Lunatic asylums Central Provinces reports 1910-1926 - 1910-1926
Year: 1910
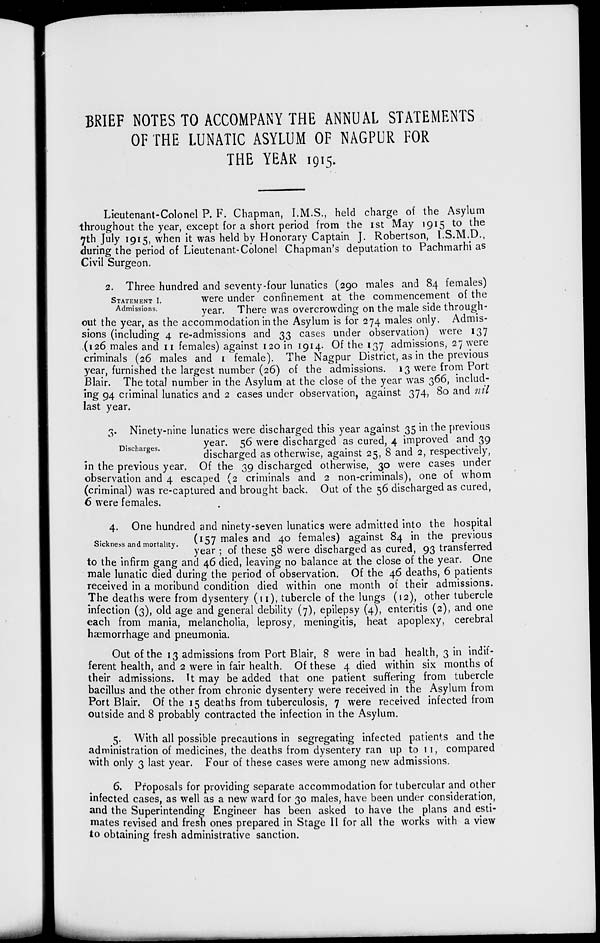
BRIEF NOTES TO ACCOMPANY THE ANNUAL STATEMENTS
OF THE LUNATIC ASYLUM OF NAGPUR FOR
THE YEAR 1915.
Lieutenant-Colonel P. F. Chapman, I.M.S., held charge of the Asylum
throughout the year, except for a short period from the 1st May 1915 to the
7th July 1915, when it was held by Honorary Captain J. Robertson, I.S.M.D.,
during the period of Lieutenant-Colonel Chapman's deputation to Pachmarhi as
Civil Surgeon.
STATEMENT I.
Admissions.
2. Three hundred and seventy-four lunatics (290 males and 84 females)
were under confinement at the commencement of the
year. There was overcrowding on the male side through-
out the year, as the accommodation in the Asylum is for 274 males only. Admis-
sions (including 4 re-admissions and 33 cases under observation) were 137
(126 males and 11 females) against 120 in 1914. Of the 137 admissions, 27 were
criminals (26 males and 1 female). The Nagpur District, as in the previous
year, furnished the largest number (26) of the admissions. 13 were from Port
Blair. The total number in the Asylum at the close of the year was 366, includ-
ing 94 criminal lunatics and 2 cases under observation, against 374, 80 and nil
last year.
Discharges.
3. Ninety-nine lunatics were discharged this year against 35 in the previous
year. 56 were discharged as cured, 4 improved and 39
discharged as otherwise, against 25, 8 and 2, respectively,
in the previous year. Of the 39 discharged otherwise, 30 were cases under
observation and 4 escaped (2 criminals and 2 non-criminals), one of whom
(criminal) was re-captured and brought back. Out of the 56 discharged as cured,
6 were females.
Sickness and mortality.
4. One hundred and ninety-seven lunatics were admitted into the hospital
(157 males and 40 females) against 84 in the previous
year ; of these 58 were discharged as cured, 93 transferred
to the infirm gang and 46 died, leaving no balance at the close of the year. One
male lunatic died during the period of observation. Of the 46 deaths, 6 patients
received in a moribund condition died within one month of their admissions.
The deaths were from dysentery (11), tubercle of the lungs (12), other tubercle
infection (3), old age and general debility (7), epilepsy (4), enteritis (2), and one
each from mania, melancholia, leprosy, meningitis, heat apoplexy, cerebral
hæmorrhage and pneumonia.
Out of the 13 admissions from Port Blair, 8 were in bad health, 3 in indif-
ferent health, and 2 were in fair health. Of these 4 died within six months of
their admissions. It may be added that one patient suffering from tubercle
bacillus and the other from chronic dysentery were received in the Asylum from
Port Blair. Of the 15 deaths from tuberculosis, 7 were received infected from
outside and 8 probably contracted the infection in the Asylum.
5. With all possible precautions in segregating infected patients and the
administration of medicines, the deaths from dysentery ran up 11, compared
with only 3 last year. Four of these cases were among new admissions.
6. Proposals for providing separate accommodation for tubercular and other
infected cases, as well as a new ward for 30 males, have been under consideration,
and the Superintending Engineer has been asked to have the plans and esti-
mates revised and fresh ones prepared in Stage II for all the works with a view
to obtaining fresh administrative sanction.